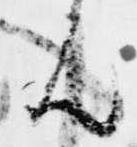
ん